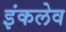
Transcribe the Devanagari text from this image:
इंकलेव